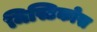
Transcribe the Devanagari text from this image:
मिस्टिकोस